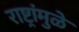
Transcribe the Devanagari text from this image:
राष्ट्रांमुळे